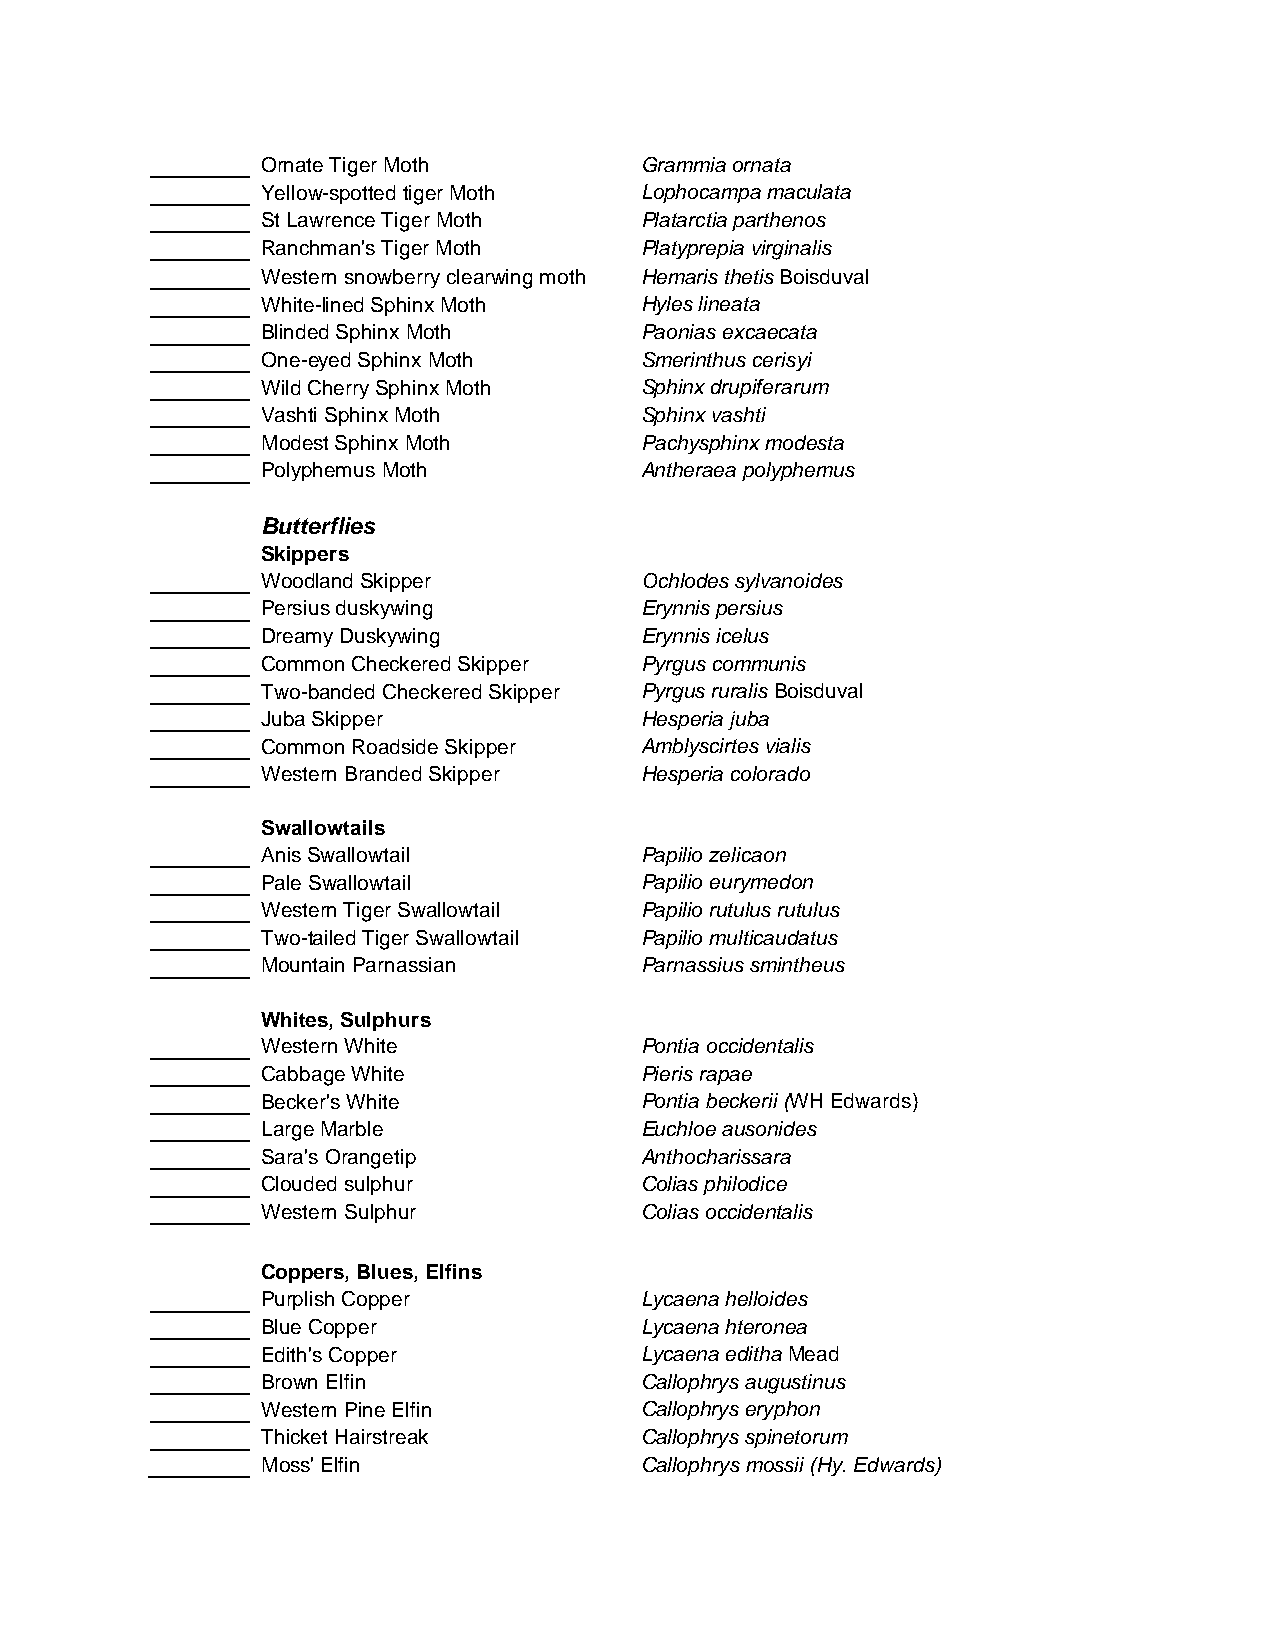
Ornate Tiger Moth        Grammia ornata
 Yellow-spotted tiger Moth Lophocampa maculata
 St Lawrence Tiger Moth   Platarctia parthenos
 Ranchman's Tiger Moth    Platyprepia virginalis
 Western snowberry clearwing moth Hemaris thetis Boisduval
 White-lined Sphinx Moth  Hyles lineata
 Blinded Sphinx Moth      Paonias excaecata
 One-eyed Sphinx Moth     Smerinthus cerisyi
 Wild Cherry Sphinx Moth  Sphinx drupiferarum
 Vashti Sphinx Moth       Sphinx vashti
 Modest Sphinx Moth       Pachysphinx modesta
 Polyphemus Moth          Antheraea polyphemus
 Butterflies
 Skippers
 Woodland Skipper         Ochlodes sylvanoides
 Persius duskywing        Erynnis persius
 Dreamy Duskywing         Erynnis icelus
 Common Checkered Skipper Pyrgus communis
 Two-banded Checkered Skipper Pyrgus ruralis Boisduval
 Juba Skipper             Hesperia juba
 Common Roadside Skipper  Amblyscirtes vialis
 Western Branded Skipper  Hesperia colorado
 Swallowtails
 Anis Swallowtail         Papilio zelicaon
 Pale Swallowtail         Papilio eurymedon
 Western Tiger Swallowtail Papilio rutulus rutulus
 Two-tailed Tiger Swallowtail Papilio multicaudatus
 Mountain Parnassian      Parnassius smintheus
 Whites, Sulphurs
 Western White            Pontia occidentalis
 Cabbage White            Pieris rapae
 Becker's White           Pontia beckerii (WH Edwards)
 Large Marble             Euchloe ausonides
 Sara's Orangetip         Anthocharissara
 Clouded sulphur          Colias philodice
 Western Sulphur          Colias occidentalis
 Coppers, Blues, Elfins
 Purplish Copper          Lycaena helloides
 Blue Copper              Lycaena hteronea
 Edith's Copper           Lycaena editha Mead
 Brown Elfin              Callophrys augustinus
 Western Pine Elfin       Callophrys eryphon
 Thicket Hairstreak       Callophrys spinetorum
 Moss' Elfin              Callophrys mossii (Hy. Edwards)